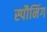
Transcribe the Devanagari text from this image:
स्पौनिंग